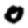
Digit: 0